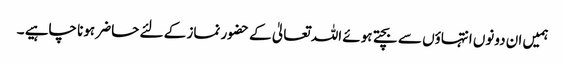
ہمیں ان دونوں انتہاؤں سے بچتے ہوئے اللہ تعالیٰ کے حضور نماز کے لئے حاضر ہونا چاہیے ۔